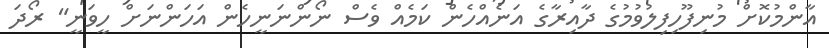
އާންމުކޮށް މުނިފޫހިފިލުވުމުގެ ދާއިރާގެ އަނެއްހެން ކަމެއް ވެސް ނޯންނަނީހެން އަހަންނަށް ހީވަނީ" ރޯދަ